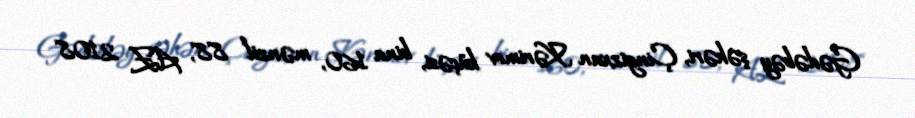
Gədəbəy şəhəri, Çingizxan Kərimov küçəsi, bina 160, mənzil 88, AZ 2108